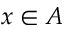
x \in A